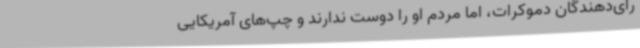
رای‌دهندگان دموکرات، اما مردم او را دوست ندارند و چپ‌های آمریکایی